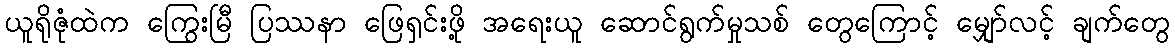
ယူရိုဇုံထဲက ကြွေးမြီ ပြဿနာ ဖြေရှင်းဖို့ အရေးယူ ဆောင်ရွက်မှုသစ် တွေကြောင့် မျှော်လင့် ချက်တွေ